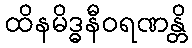
ထိနမိဒ္ဓနီဝရဏန္တိ